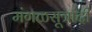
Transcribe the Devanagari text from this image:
मंगळसूत्रादी